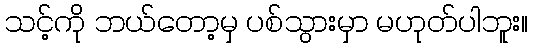
သင့်ကို ဘယ်တော့မှ ပစ်သွားမှာ မဟုတ်ပါဘူး။